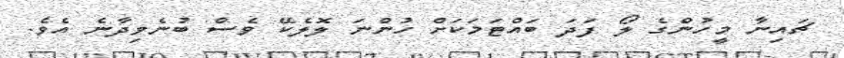
ޗައިނާ މީހުންގެ ލޯ ފަދަ ބައްޓަމަކަށް ހުންނަ ލޮލެކޭ ވެސް ބުނެވިދާނެ އެވެ.